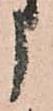
う